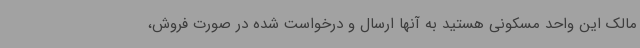
مالک این واحد مسکونی هستید به آنها ارسال و درخواست شده در صورت فروش،